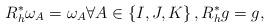
LaTeX: \begin{align*} R_h^* \omega_A = \omega_A \forall A\in\left\{I,J,K\right\}, R_h^* g = g, \end{align*}